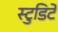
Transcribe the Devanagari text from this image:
स्टुडिटे